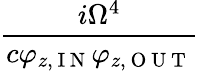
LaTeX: \frac{i\Omega^{4}}{c\varphi_{z,\mathrm{~I~N~}}\varphi_{z,\mathrm{~O~U~T~}}}